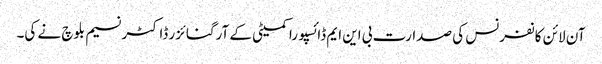
آن لائن کانفرنس کی صدارت بی این ایم ڈائسپورا کمیٹی کے آرگنائزر ڈاکٹر نسیم بلوچ نے کی۔